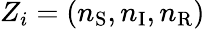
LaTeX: Z_{i}=(n_{\mathrm{S}},n_{\mathrm{I}},n_{\mathrm{R}})